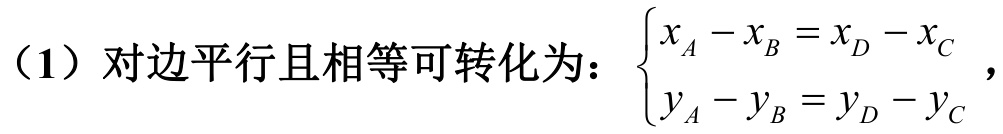
（1）对边平行且相等可转化为：$\begin{cases}x_A - x_B = x_D - x_C \\ y_A - y_B = y_D - y_C\end{cases}$